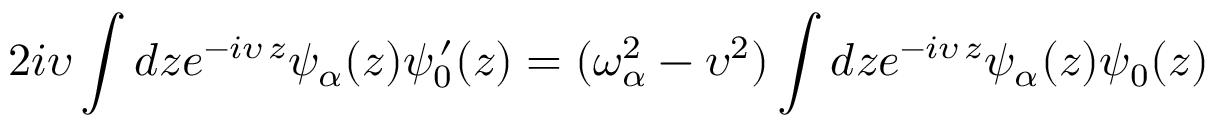
2 i \upsilon \int d z e ^ { - i \upsilon \, z } \psi _ { \alpha } ( z ) \psi _ { 0 } ^ { \, \prime } ( z ) = ( \omega _ { \alpha } ^ { 2 } - \upsilon ^ { 2 } ) \int d z e ^ { - i \upsilon \, z } \psi _ { \alpha } ( z ) \psi _ { 0 } ( z )